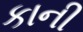
કાની